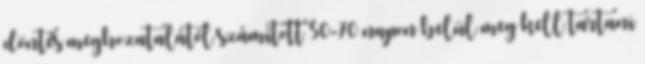
döntés meghozatalától számított 50-70 napon belül meg kell tartani